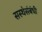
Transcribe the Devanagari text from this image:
सस्थेसंबंधी